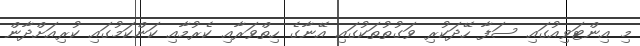
މި އިންޓަވިއުގައި ސަފާ ހޭދަކުރި ވަގުތުތަކުގައި އޭނާގެ ހިތްވަރާއި ކެރުމާއި ކަންކަމުގައި ކުރިއަށްދާން